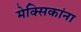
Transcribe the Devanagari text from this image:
मेक्सिकांना